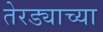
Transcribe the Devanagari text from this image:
तेरड्याच्या